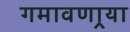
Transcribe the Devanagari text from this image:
गमावणार्‍या